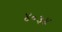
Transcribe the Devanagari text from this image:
४०३४